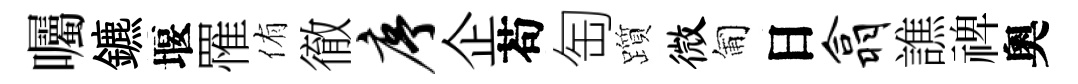
囑鑣堰罹侑徹序企苟匋躓微匍日翕譙禆奧